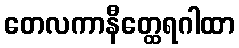
တေလကာနီတ္ထေရဂါထာ